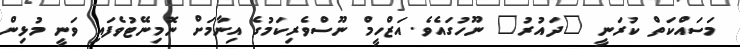
މަސައްކަތް ކުރަނީ "ދައުރު" ނޫހުގައެވެ. އަޒްހީމް ނޫސްވެރިކަމުގެ އިނާމަށް ނޮމިނޭޓުވެފައި ވަނީ މުޅިން